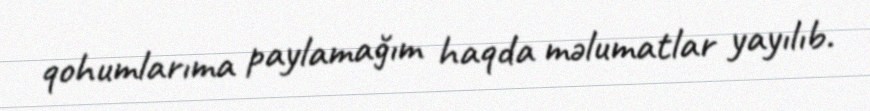
qohumlarıma paylamağım haqda məlumatlar yayılıb.